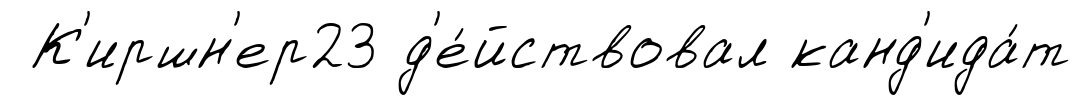
К'иршн'ер23 д'е́йствовал канд'ида́т